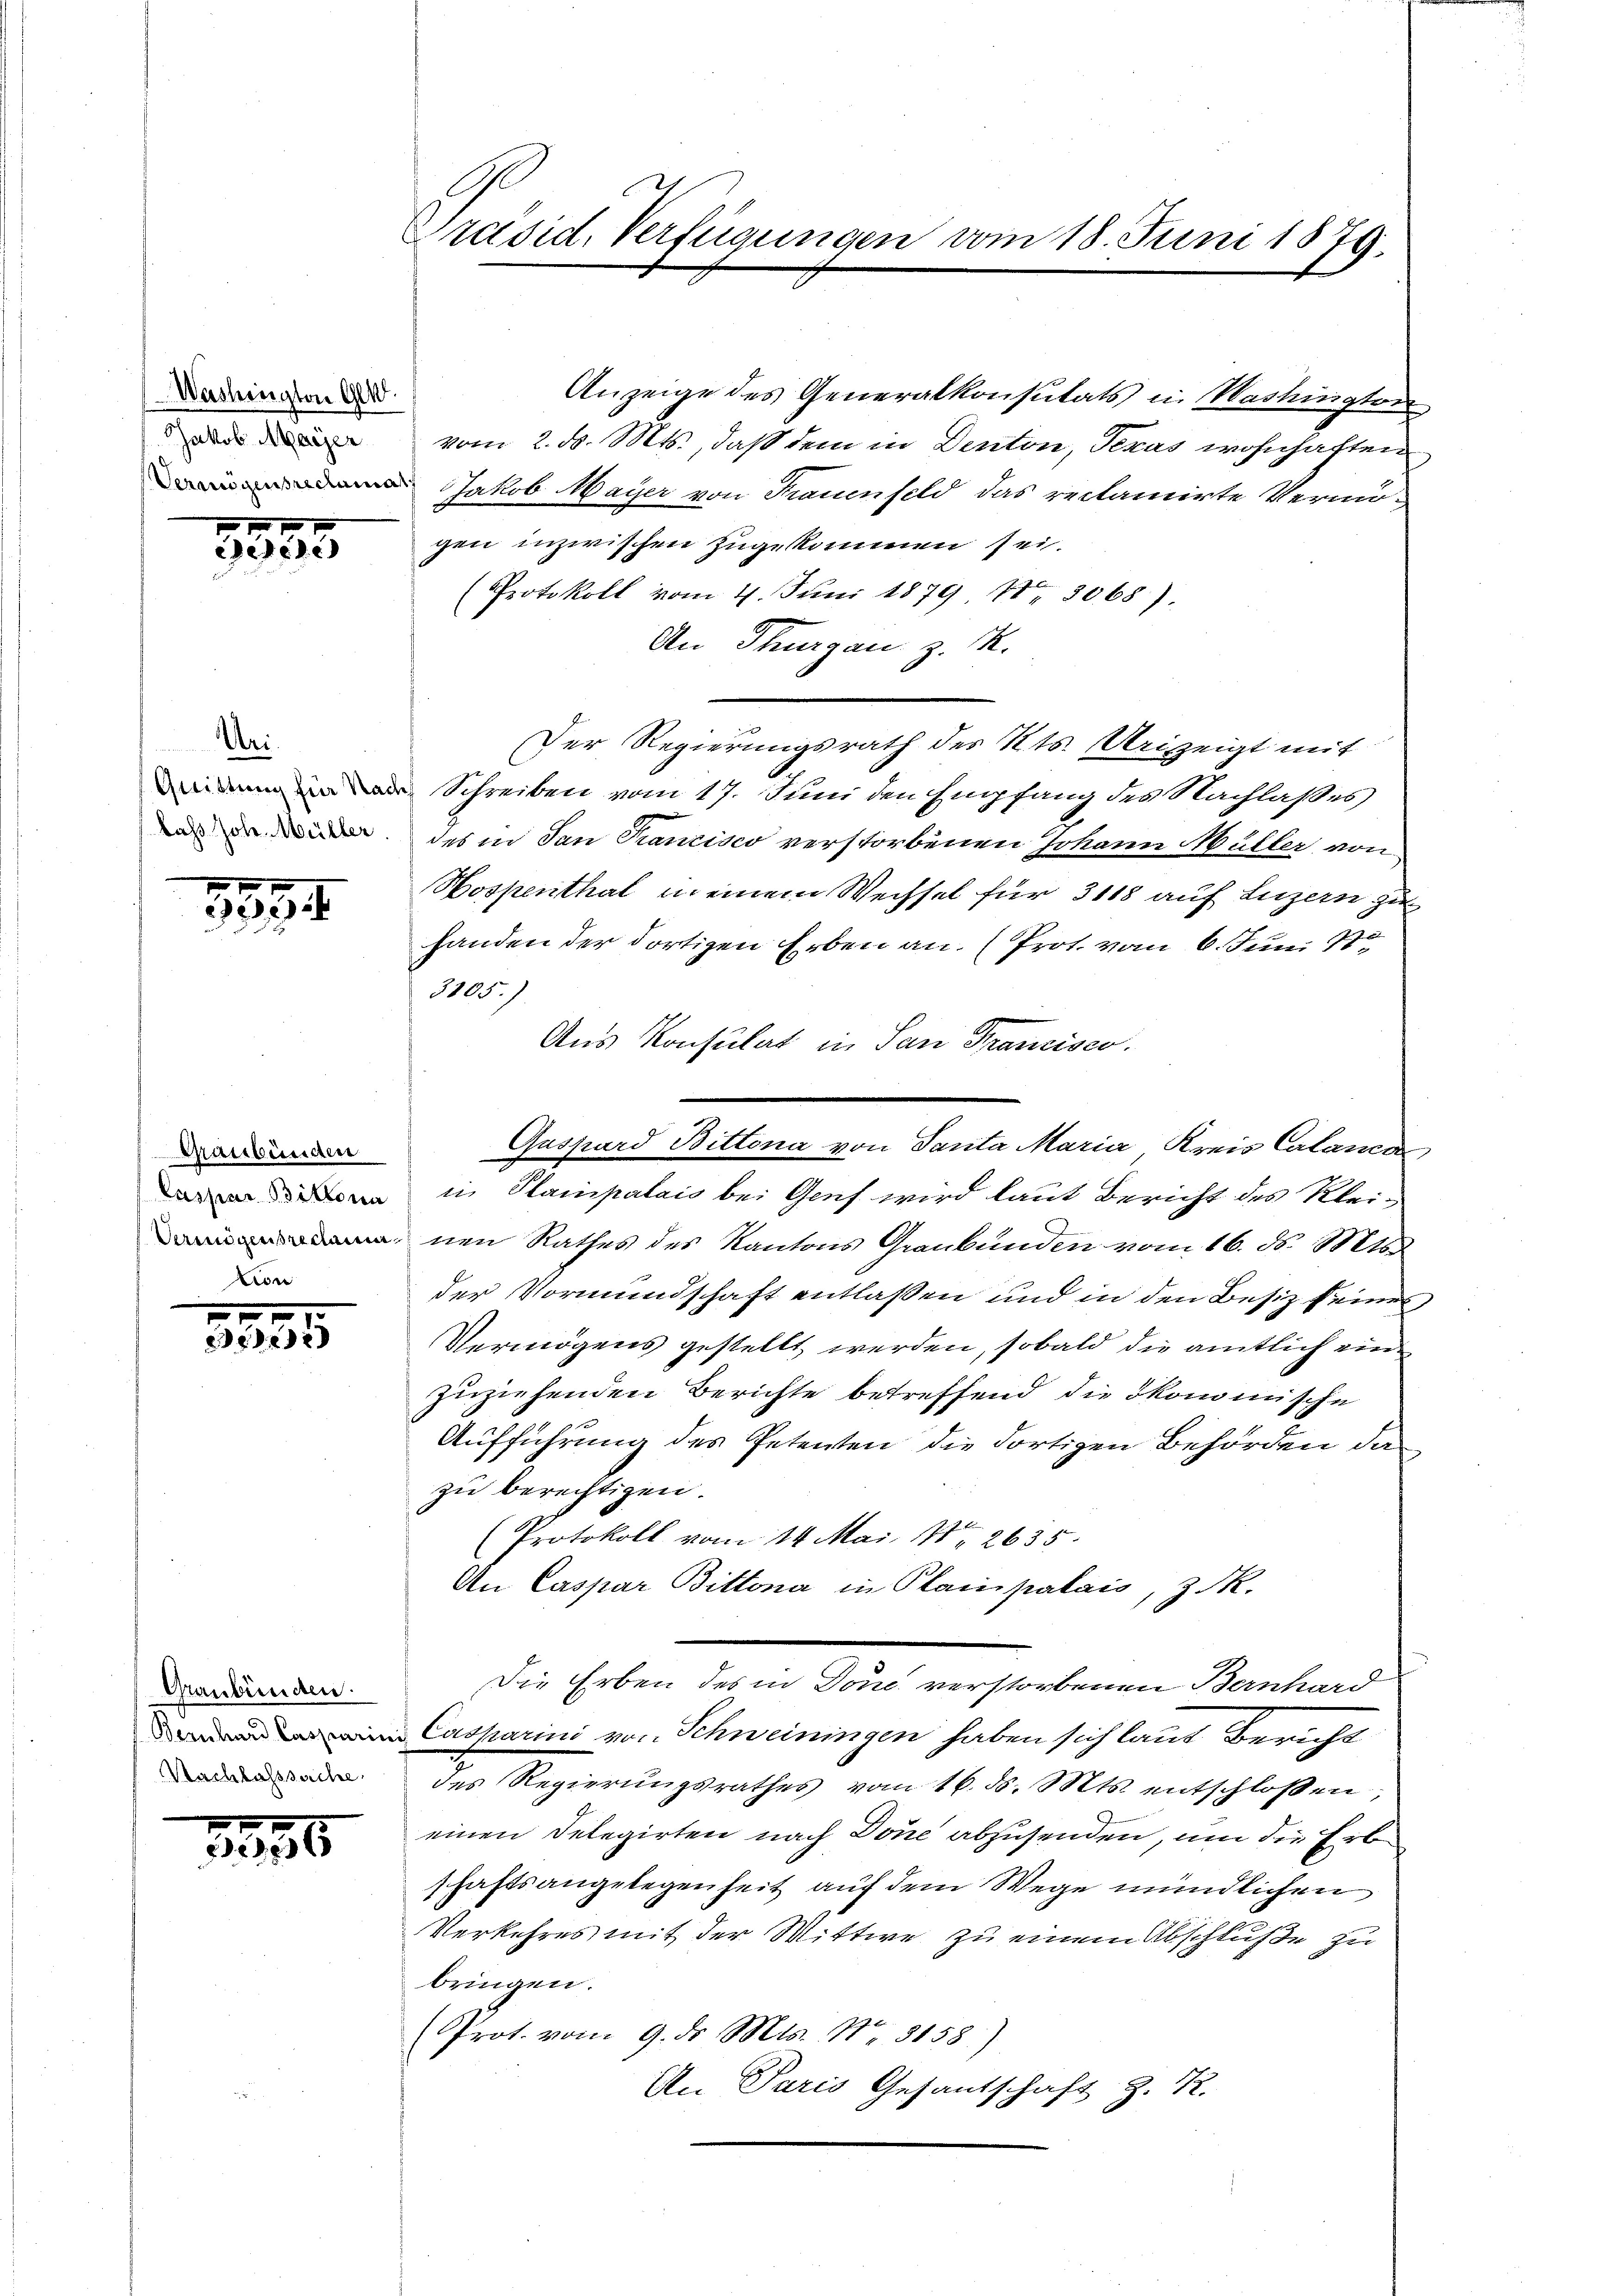
Washington Ges.
Jakob Maÿer
f

355

Uri.
(Lass Joh. Müller

5552

Grassbüsiden
Caspar Bittona
von

e
3235

Graubünden.
Nachlasssache

1395

Präsid. Verfügungen

Anzeige des Generalkonsutats in Washington
vom 2. ds. Mts., daß dem in Denton, Texas wohnhaften
 Jakob Mayer von Frauenfeld das reclamirte Vermugen inzwischen zugekommen sei.
Protokoll vom 4. Juni 1879 Nr. 3068).
An Thurgau z. M.
Der Regierungsrath des Kts. Urizeigt mit
Schreiben vom 17. Juni den Empfang des Nachlaßes
des in dan Trancisco verstorbenen Johann Müller von
Hospenthal in einem Wechsel für 3118 auf Luzern zu
handen der dortigen Erben an. Prot. vom 6. Juni 18
3105.)
Aus Konsulat in San Francisco.
in Stampalais bei Genf wird laut Bericht des Kleinen Rathes des Kantons Graubünden vom 16. ds. Mts.
der Vormundschaft entlaßen und in den Besitz seines,
Vermögens gestellt werden, sobald die amtlich einzuziehenden Berichte betreffend die ökonomische
Aufführung des Petenten die dortigen Behörden da
zu berechtigen.
(Protokoll vom 14. Mai, No 2635.
An Caspar Bittona in Planpalais, z. R.
Die Erben des in Donc verstorbenen Bernhard
in Casparini von Schweiningen haben sich laut Bericht
des Regierŭngsrathes vom 16. ds. Mts. entschloßen;
einen Delegirten nach Done abzusenden, um die Erbschaftsangelegenheit auf dem Wege mündlichen
Verkehres mit der Wittwe zu einem Abschluße zu
bringen.
Prot. vom 9. ds. Mts. No 3158)
An Paris Gesantschaft z. R.

vom 18. Juni 1879.

Gaspard Bittona von Tanta Maria Kreis Calanca

.